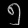
Digit: ၅